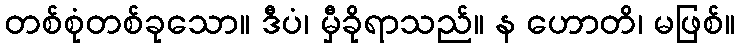
တစ်စုံတစ်ခုသော။ ဒီပံ၊ မှီခိုရာသည်။ န ဟောတိ၊ မဖြစ်။